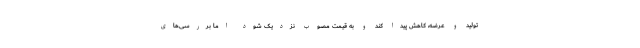
تولید و عرضه، کاهش پیدا کند و به قیمت مصوب نزدیک شود اما بررسی‌های